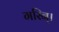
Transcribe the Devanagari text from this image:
गरिन्।